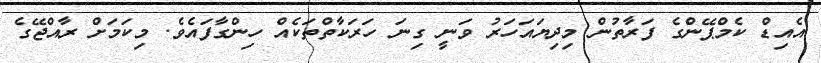
އެއިޑް ކެމްޕޭންގެ ފަރާތުން މިދިޔައަހަރު ވަނީ ގިނަ ހަރަކާތްތަކެއް ހިންގާފައެވެ. މިކަމަށް ރާއްޖޭގެ